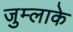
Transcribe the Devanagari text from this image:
जुम्लाके